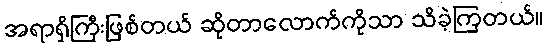
အရာရှိကြီးဖြစ်တယ် ဆိုတာလောက်ကိုသာ သိခဲ့ကြတယ်။